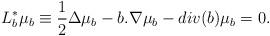
LaTeX: \begin{align*} L_b^* \mu_b \equiv \frac{1}{2} \Delta \mu_b - b . \nabla \mu_b - div(b) \mu_b = 0.\end{align*}